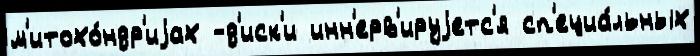
м'итохо́ндр'иjах -д'иск'и инн'ерв'ируjетс'я сп'ециа́льных